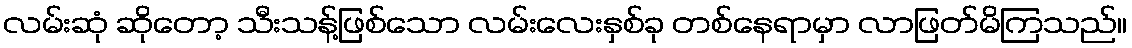
လမ်းဆုံ ဆိုတော့ သီးသန့်ဖြစ်သော လမ်းလေးနှစ်ခု တစ်နေရာမှာ လာဖြတ်မိကြသည်။